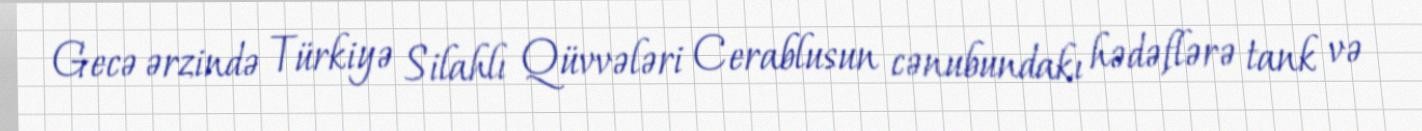
Gecə ərzində Türkiyə Silahlı Qüvvələri Cerablusun cənubundakı hədəflərə tank və